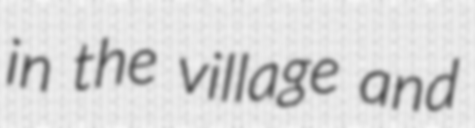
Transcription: in the village and